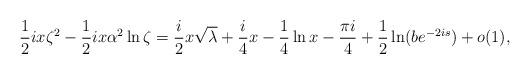
LaTeX: \begin{align*} \frac{1}{2}ix\zeta^2-\frac{1}{2}ix\alpha^2\ln\zeta=\frac{i}{2}x\sqrt{\lambda}+\frac{i}{4}x-\frac{1}{4}\ln x-\frac{\pi i}{4}+\frac{1}{2}\ln(b{e}^{-2is})+o(1), \end{align*}